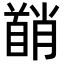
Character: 𬳘